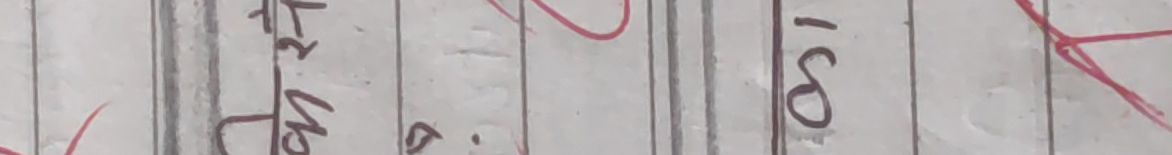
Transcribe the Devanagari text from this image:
१८